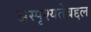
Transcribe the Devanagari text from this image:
अस्पृश्यतेबद्दल